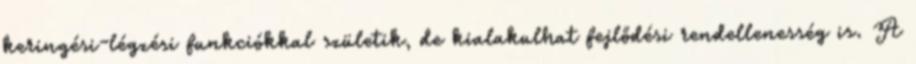
keringési-légzési funkciókkal születik, de kialakulhat fejlődési rendellenesség is. A